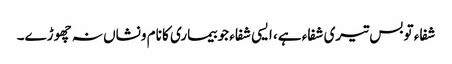
شفاء تو بس تیری شفاء ہے، ایسی شفاء جو بیماری کا نام ونشاں نہ چھوڑے۔